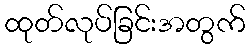
ထုတ်လုပ်ခြင်းအတွက်